Senior Leaving Certificate Examination (including Day School Certificate (Higher) General paper), 1950
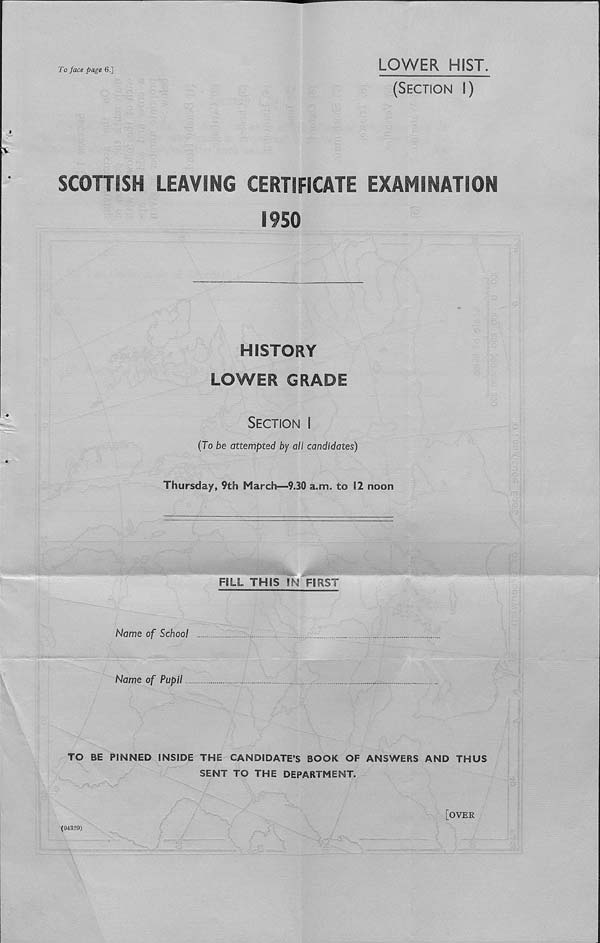
To face page 6.]
LOWER HIST.
(Section I)
SCOHISH LEAVING CERTIFICATE EXAMINATION
1950
HISTORY
LOWER GRADE
Section i
(To be attempted by all candidates)
Thursday, 9th March—9.30 a.m. to 12 noon
FILL THIS IN FIRST
Name of School ...
Name of Pupil
TO BE PINNED INSIDE THE CANDIDATE’S BOOK OF ANSWERS AND THUS
SENT TO THE DEPARTMENT.
(94329)
[over